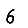
Digit: 6